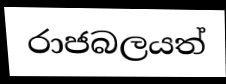
රාජබලයත්